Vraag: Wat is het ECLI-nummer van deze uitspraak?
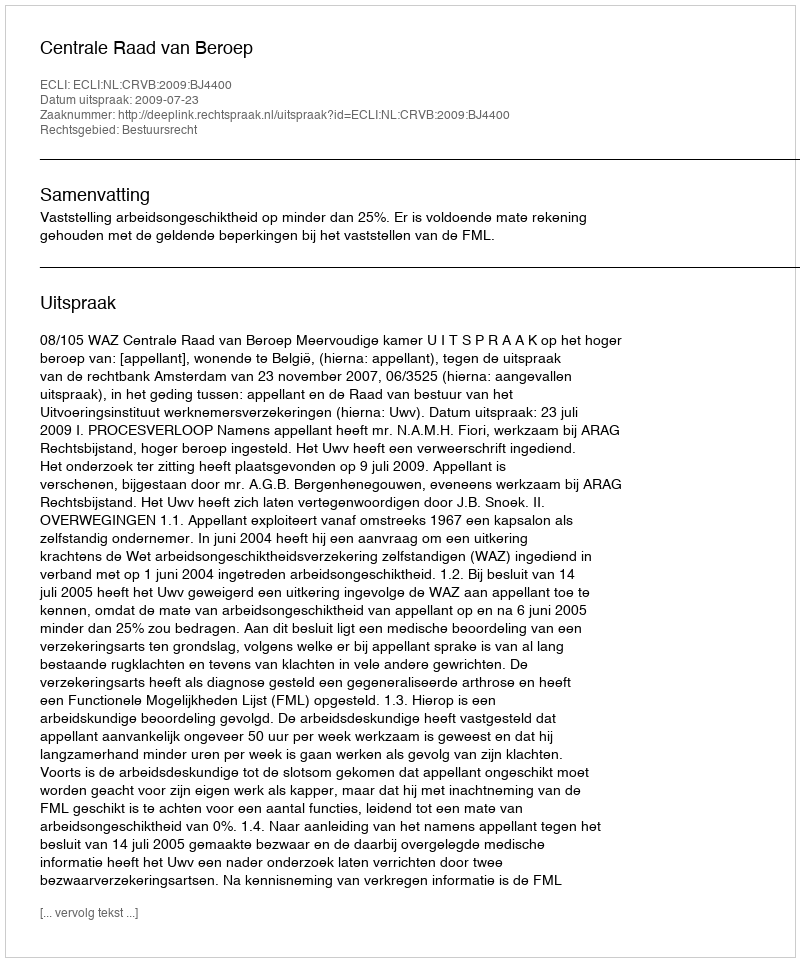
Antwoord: ECLI:NL:CRVB:2009:BJ4400